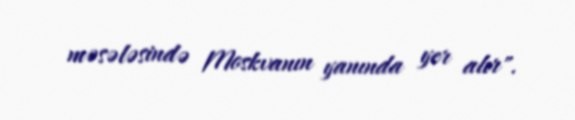
məsələsində Moskvanın yanında yer alır".